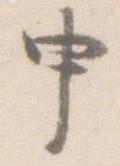
申